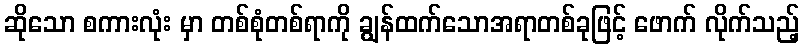
ဆိုသော စကားလုံး မှာ တစ်စုံတစ်ရာကို ချွန်ထက်သောအရာတစ်ခုဖြင့် ဖောက် လိုက်သည့်